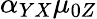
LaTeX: \alpha_{YX}\mu_{0Z}